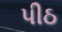
પીઠ